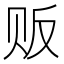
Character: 贩